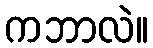
ကဘာလဲ။